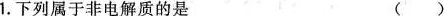
1.下列属于非电解质的是 ()